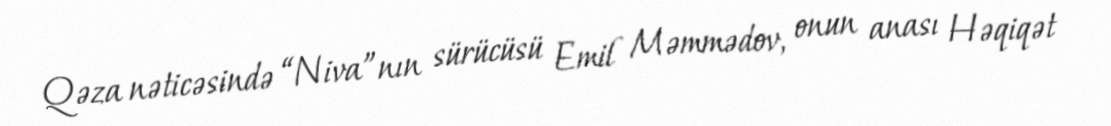
Qəza nəticəsində “Niva”nın sürücüsü Emil Məmmədov, onun anası Həqiqət